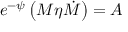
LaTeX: e ^ { - \psi } \left( M \eta \dot { M } \right) = A